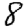
Digit: 8